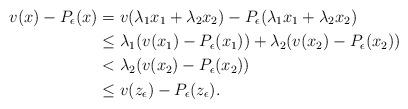
LaTeX: \begin{align*}v(x)-P_\epsilon(x) &= v(\lambda_1 x_1 + \lambda_2 x_2) - P_\epsilon(\lambda_1 x_1 + \lambda_2 x_2)\\ &\leq \lambda_1(v(x_1)-P_\epsilon(x_1)) + \lambda_2(v(x_2)-P_\epsilon(x_2))\\&< \lambda_2(v(x_2)-P_\epsilon(x_2))\\ &\leq v(z_\epsilon)-P_\epsilon(z_\epsilon).\end{align*}